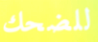
للضحك